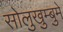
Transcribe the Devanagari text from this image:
सोलुखुम्बुमे